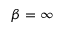
\beta = \infty